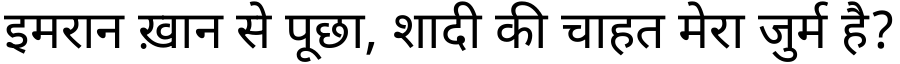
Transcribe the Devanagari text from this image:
इमरान ख़ान से पूछा, शादी की चाहत मेरा जुर्म है?